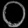
Digit: ၀